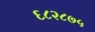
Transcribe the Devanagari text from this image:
६८२८७५